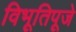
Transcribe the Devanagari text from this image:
विभूतिपूजे